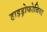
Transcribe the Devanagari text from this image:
हाइड्रोफोबिया